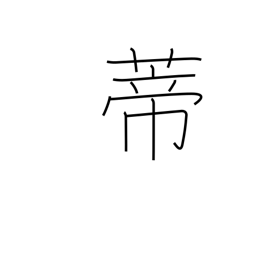
Meaning: peduncle